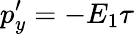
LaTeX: p_{y}^{\prime}=-E_{1}\tau